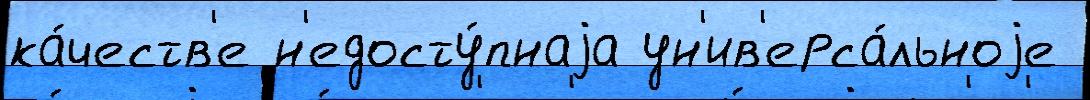
ка́честв'е н'едосту́пнаjа ун'ив'ерса́льноjе